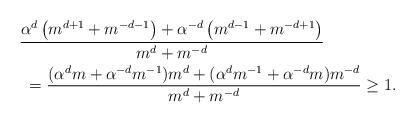
LaTeX: \begin{align*}\begin{aligned}& \frac{\alpha^d \left(m^{d+1}+m^{-d-1} \right)+ \alpha^{-d} \left(m^{d-1}+m^{-d+1} \right)}{m^{d} +m^{-d}} \\&~{} = \frac{(\alpha^{d}m + \alpha^{-d}m^{-1})m^d +( \alpha^{d}m^{-1} + \alpha^{-d}m )m^{-d} }{m^{d} +m^{-d}} \geq 1.\end{aligned}\end{align*}